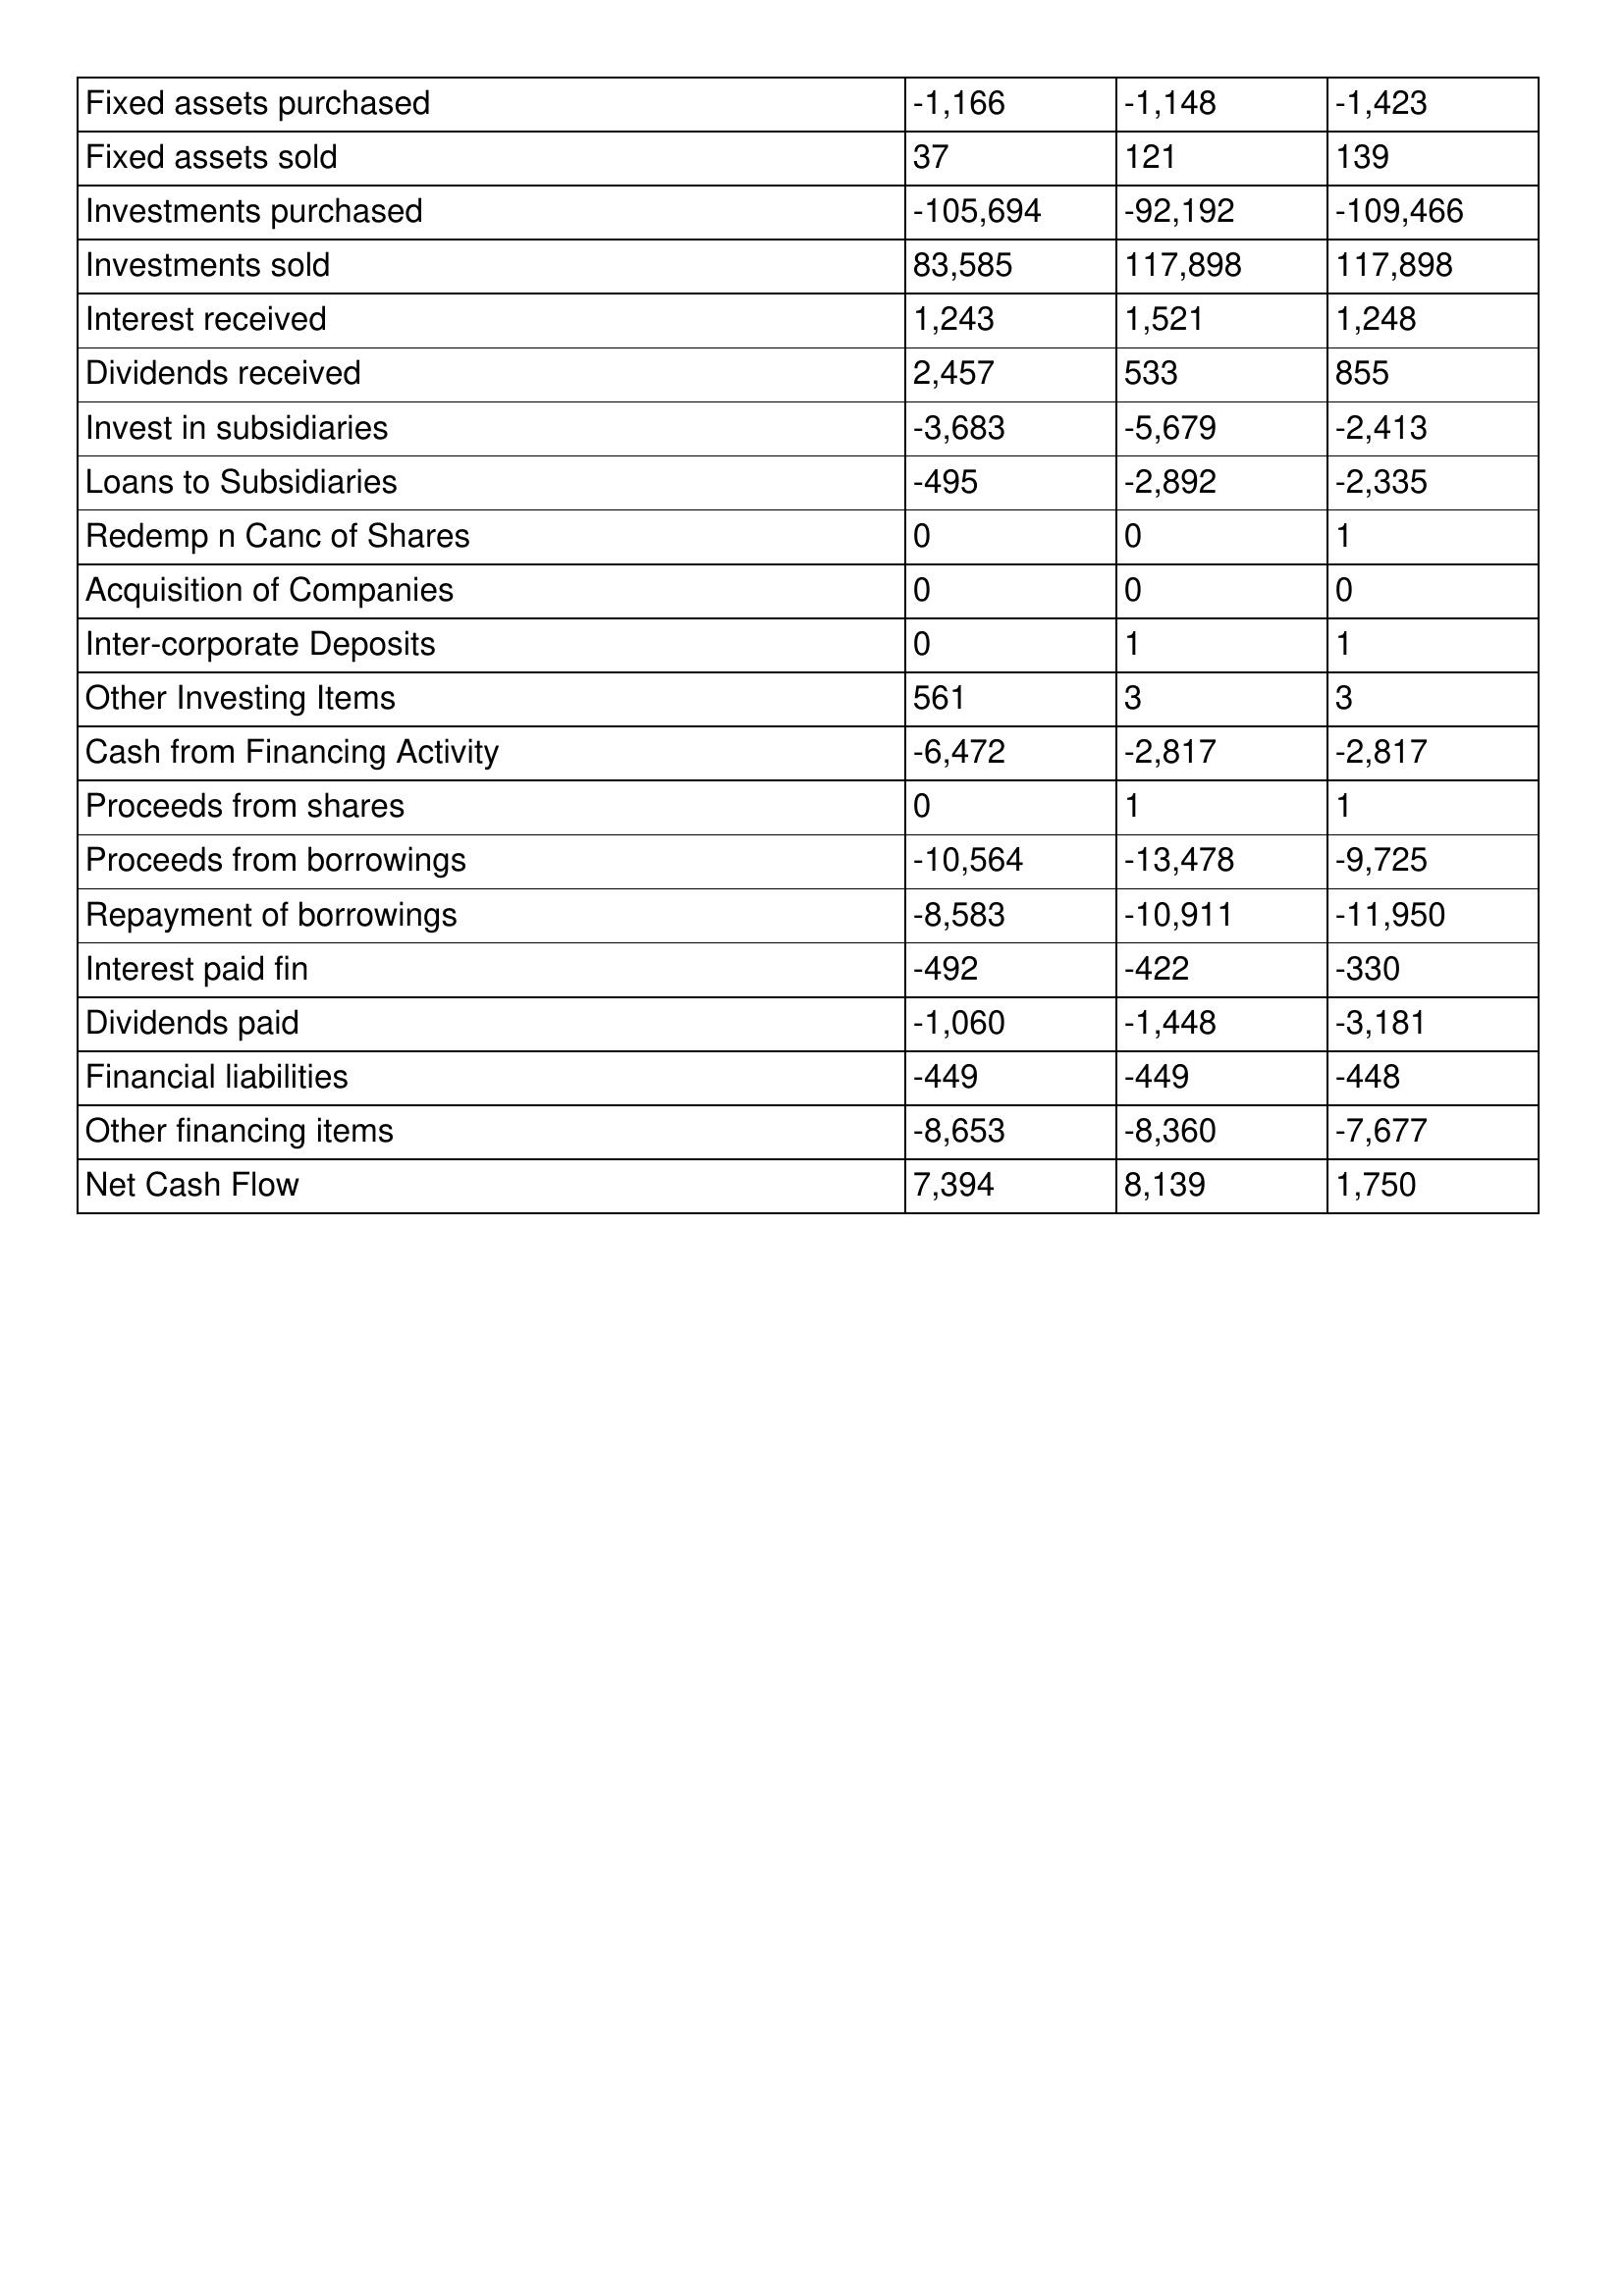
gt_parse: 1996: Cash Flows: Fixed assets purchased: -1,166
Fixed assets sold: 37
Investments purchased: -105,694
Investments sold: 83,585
Interest received: 1,243
Dividends received: 2,457
Invest in subsidiaries: -3,683
Loans to Subsidiaries: -495
Redemp n Canc of Shares: 0
Acquisition of Companies: 0
Inter-corporate Deposits: 0
Other Investing Items: 561
Cash from Financing Activity: -6,472
Proceeds from shares: 0
Proceeds from borrowings: -10,564
Repayment of borrowings: -8,583
Interest paid fin: -492
Dividends paid: -1,060
Financial liabilities: -449
Other financing items: -8,653
Net Cash Flow: 7,394
1995: Cash Flows: Fixed assets purchased: -1,148
Fixed assets sold: 121
Investments purchased: -92,192
Investments sold: 117,898
Interest received: 1,521
Dividends received: 533
Invest in subsidiaries: -5,679
Loans to Subsidiaries: -2,892
Redemp n Canc of Shares: 0
Acquisition of Companies: 0
Inter-corporate Deposits: 1
Other Investing Items: 3
Cash from Financing Activity: -2,817
Proceeds from shares: 1
Proceeds from borrowings: -13,478
Repayment of borrowings: -10,911
Interest paid fin: -422
Dividends paid: -1,448
Financial liabilities: -449
Other financing items: -8,360
Net Cash Flow: 8,139
1994: Cash Flows: Fixed assets purchased: -1,423
Fixed assets sold: 139
Investments purchased: -109,466
Investments sold: 117,898
Interest received: 1,248
Dividends received: 855
Invest in subsidiaries: -2,413
Loans to Subsidiaries: -2,335
Redemp n Canc of Shares: 1
Acquisition of Companies: 0
Inter-corporate Deposits: 1
Other Investing Items: 3
Cash from Financing Activity: -2,817
Proceeds from shares: 1
Proceeds from borrowings: -9,725
Repayment of borrowings: -11,950
Interest paid fin: -330
Dividends paid: -3,181
Financial liabilities: -448
Other financing items: -7,677
Net Cash Flow: 1,750